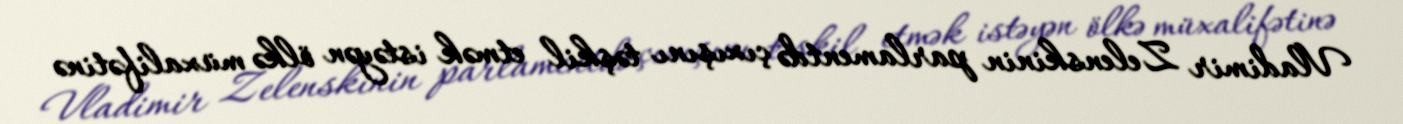
Vladimir Zelenskinin parlamentdə çıxışını təşkil etmək istəyən ölkə müxalifətinə